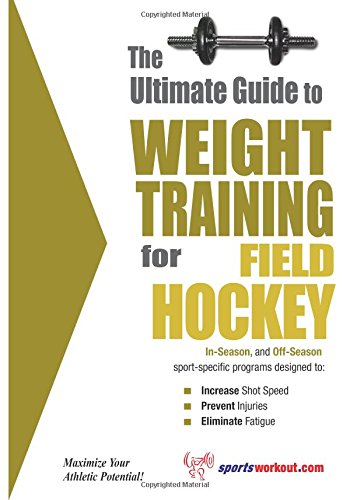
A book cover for The Ultimate Guide to Weight Training for Field Hockey (The Ultimate Guide to Weight Training for Sports, 11); Rob Price; Sports & Outdoors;